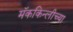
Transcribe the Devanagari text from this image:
मॅककिन्लीच्या